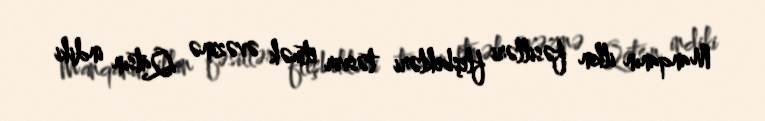
Manqanın ilkin fəsilləri fleşbekləri təsvir etmək əvəzinə Qatsın indiki